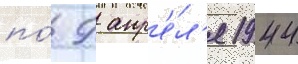
по́ 9 апр'е́л'я 1944